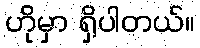
ဟိုမှာ ရှိပါတယ်။